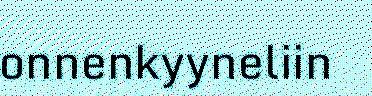
onnenkyyneliin